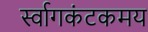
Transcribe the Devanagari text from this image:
र्स्वागकंटकमय